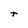
Character: r